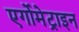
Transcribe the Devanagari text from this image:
एर्गोमेट्राइन